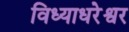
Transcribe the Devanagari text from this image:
विध्याधरेश्वर